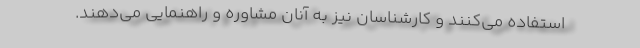
استفاده می‌کنند و کارشناسان نیز به آنان مشاوره و راهنمایی می‌دهند.